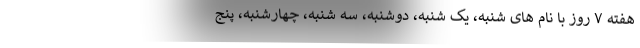
هفته ۷ روز با نام های شنبه، یک شنبه، دوشنبه، سه شنبه، چهارشنبه، پنج